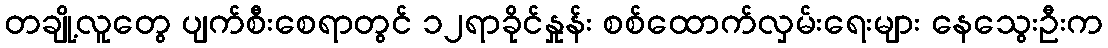
တချို့လူတွေ ပျက်စီးစေရာတွင် ၁၂ရာခိုင်နှုန်း စစ်ထောက်လှမ်းရေးများ နေသွေးဦးက